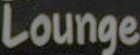
Lounge